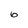
Character: 6